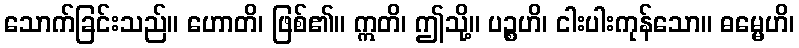
သောက်ခြင်းသည်။ ဟောတိ၊ ဖြစ်၏။ ဣတိ၊ ဤသို့။ ပဉ္စဟိ၊ ငါးပါးကုန်သော။ ဓမ္မေဟိ၊